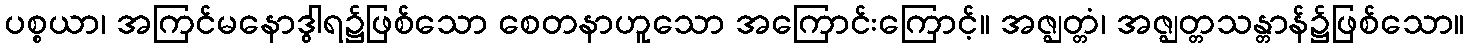
ပစ္စယာ၊ အကြင်မနောဒွါရ၌ဖြစ်သော စေတနာဟူသော အကြောင်းကြောင့်။ အဇ္ဈတ္တံ၊ အဇ္ဈတ္တသန္တာန်၌ဖြစ်သော။